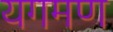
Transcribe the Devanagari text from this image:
यगमण